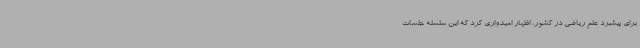
برای پیشبرد علم ریاضی در کشور، اظهار امیدواری کرد که این سلسله جلسات